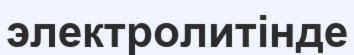
электролитінде